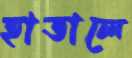
হাতালে